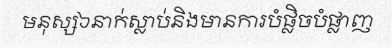
មនុស្ស៦នាក់ស្លាប់និងមានការបំផ្លិចបំផ្លាញ